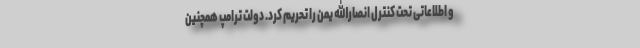
و اطلاعاتی تحت کنترل انصارالله یمن را تحریم کرد. دولت ترامپ همچنین